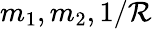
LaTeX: m_{1},m_{2},1/\mathcal{R}